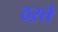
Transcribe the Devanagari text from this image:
ठऱते